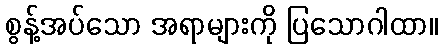
စွန့်အပ်သော အရာများကို ပြသောဂါထာ။